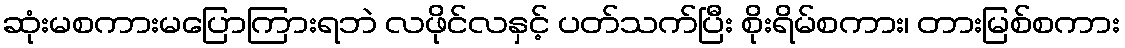
ဆုံးမစကားမပြောကြားရဘဲ လဖိုင်လနှင့် ပတ်သက်ပြီး စိုးရိမ်စကား၊ တားမြစ်စကား